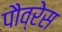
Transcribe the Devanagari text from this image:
पौव्रेस